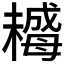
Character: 𣚺